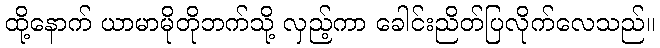
ထို့နောက် ယာမာမိုတိုဘက်သို့ လှည့်ကာ ခေါင်းညိတ်ပြလိုက်လေသည်။